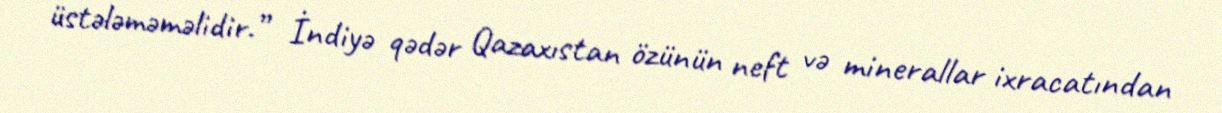
üstələməməlidir.” İndiyə qədər Qazaxıstan özünün neft və minerallar ixracatından